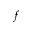
f